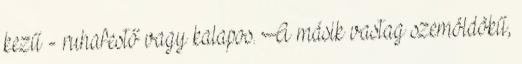
kezű - ruhafestő vagy kalapos. A másik vastag szemöldökű,